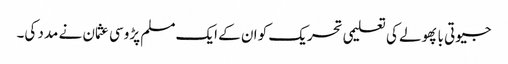
جیوتی با پھولے کی تعلیمی تحریک کو ان کے ایک مسلم پڑوسی عثمان نے مدد کی۔